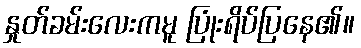
နှုတ်ခမ်းလေးကမူ ပြုံးရိပ်ပြနေ၏။